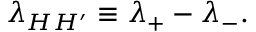
\lambda _ { H H ^ { \prime } } \equiv \lambda _ { + } - \lambda _ { - } .